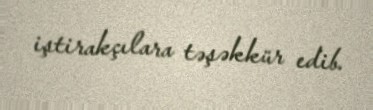
iştirakçılara təşəkkür edib.